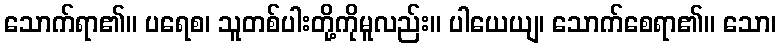
သောက်ရာ၏။ ပရေစ၊ သူတစ်ပါးတို့ကိုမူလည်း။ ပါယေယျ၊ သောက်စေရာ၏။ သော၊